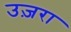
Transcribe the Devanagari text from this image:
उज़रा